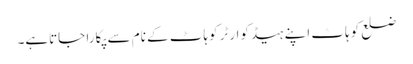
ضلع کوہاٹ اپنے ہیڈکوارٹر کوہاٹ کے نام سے پکارا جاتاہے۔